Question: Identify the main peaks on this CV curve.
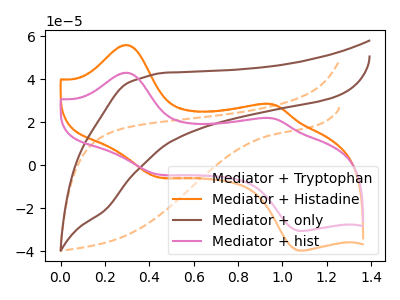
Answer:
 <answer>The orange dashed curve "Mediator + Tryptophan" has no peaks. The orange curve "Mediator + Histadine" has anodic peaks at (0.30V, 55.95uA) (0.95V, 28.35uA) and cathodic peaks at (0.45V, -5.50uA) (1.10V, -39.75uA). The brown curve "Mediator + only" has no peaks. The pink curve "Mediator + hist" has anodic peaks at (0.30V, 43.05uA) (0.95V, 21.80uA) and cathodic peaks at (0.45V, -4.25uA) (1.10V, -30.60uA).</answer>
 <eval></eval>